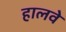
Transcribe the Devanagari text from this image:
हालवे